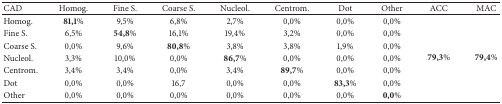
<table><thead><tr><td><b>CAD</b></td><td><b>Homog.</b></td><td><b>Fine S.</b></td><td><b>Coarse S.</b></td><td><b>Nucleol.</b></td><td><b>Centrom.</b></td><td><b>Dot</b></td><td><b>Other</b></td><td><b>ACC</b></td><td><b>MAC</b></td></tr></thead><tbody><tr><td>Homog.</td><td><b>81,1%</b></td><td>9,5%</td><td>6,8%</td><td>2,7%</td><td>0,0%</td><td>0,0%</td><td>0,0%</td><td rowspan="7"><b>79,3%</b></td><td rowspan="7"><b>79,4%</b></td></tr><tr><td>Fine S.</td><td>6,5%</td><td><b>54,8%</b></td><td>16,1%</td><td>19,4%</td><td>3,2%</td><td>0,0%</td><td>0,0%</td></tr><tr><td>Coarse S.</td><td>0,0%</td><td>9,6%</td><td><b>80,8%</b></td><td>3,8%</td><td>3,8%</td><td>1,9%</td><td>0,0%</td></tr><tr><td>Nucleol.</td><td>3,3%</td><td>10,0%</td><td>0,0%</td><td><b>86,7%</b></td><td>0,0%</td><td>0,0%</td><td>0,0%</td></tr><tr><td>Centrom.</td><td>3,4%</td><td>3,4%</td><td>0,0%</td><td>3,4%</td><td><b>89,7%</b></td><td>0,0%</td><td>0,0%</td></tr><tr><td>Dot</td><td>0,0%</td><td>0,0%</td><td>16,7</td><td>0,0%</td><td>0,0%</td><td><b>83,3%</b></td><td>0,0%</td></tr><tr><td>Other</td><td>0,0%</td><td>0,0%</td><td>0,0%</td><td>0,0%</td><td>0,0%</td><td>0,0%</td><td><b>0,0%</b></td></tr></tbody></table>